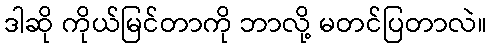
ဒါဆို ကိုယ်မြင်တာကို ဘာလို့ မတင်ပြတာလဲ။